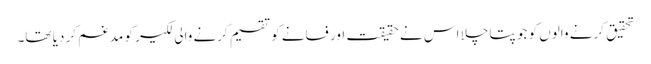
تحقیق کرنے والوں کو جو پتا چلا اس نے حقیقت اور فسانے کو تقسیم کرنے والی لکیر کو مدغم کر دیا تھا۔